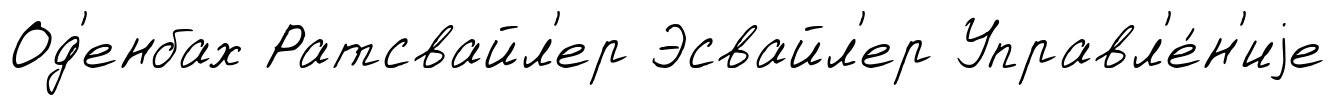
Од'енбах Ратсвайл'ер Эсвайл'ер Управл'е́н'иjе